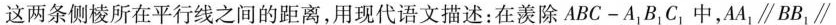
这两条侧棱所在平行线之间的距离，用现代语文描述：在羡除ABC-A_{1}B_{1}C_{1}中，AA_{1}\parallel BB_{1}\parallel